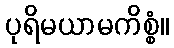
ပုရိမယာမကိစ္စံ။